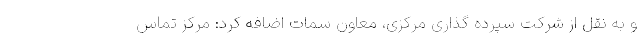
و به نقل از شرکت سپرده گذاری مرکزی، معاون سمات اضافه کرد: مرکز تماس